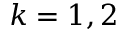
k = 1 , 2